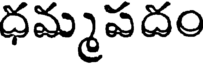
ధమ్మపదం